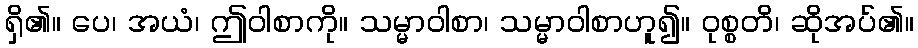
ရှိ၏။ ပေ၊ အယံ၊ ဤဝါစာကို။ သမ္မာဝါစာ၊ သမ္မာဝါစာဟူ၍။ ဝုစ္စတိ၊ ဆိုအပ်၏။